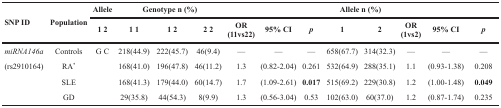
| <ROWSPAN=2> SNP ID | <ROWSPAN=2> Population | Allele | <COLSPAN=3> Genotype n (%) |  |  |  | <COLSPAN=2> Allele n (%) |  |  |  |
 | 12 | 11 | 12 | 22 | OR (11vs22) | 95% CI | p | 1 | 2 | OR (1vs2) | 95% CI | p |
 | --- | --- | --- | --- | --- | --- | --- | --- | --- | --- | --- | --- | --- | --- |
 | miRNA146a | Controls | G C | 218(44.9) | 222(45.7) | 46(9.4) | — | — | — | 658(67.7) | 314(32.3) | — | — | — |
 | (rs2910164) | RA* |  | 168(41.0) | 196(47.8) | 46(11.2) | 1.3 | (0.82-2.04) | 0.261 | 532(64.9) | 288(35.1) | 1.1 | (0.93-1.38) | 0.208 |
 |  | SLE |  | 168(41.3) | 179(44.0) | 60(14.7) | 1.7 | (1.09-2.61) | 0.017 | 515(69.2) | 229(30.8) | 1.2 | (1.00-1.48) | 0.049 |
 |  | GD |  | 29(35.8) | 44(54.3) | 8(9.9) | 1.3 | (0.56-3.04) | 0.53 | 102(63.0) | 60(37.0) | 1.2 | (0.87-1.74) | 0.235 |